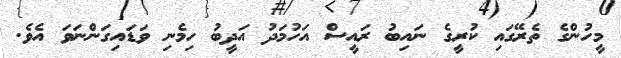
މީހުންގެ ތެރޭގައި ކުރީގެ ނައިބު ރައީސް އަހުމަދު އަދީބު ހިމެނި ވަޑައިގަންނަވަ އެވެ.